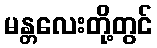
မန္တလေးတို့တွင်